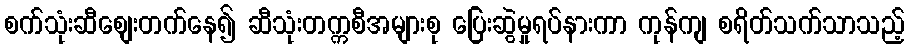
စက်သုံးဆီစျေးတက်နေ၍ ဆီသုံးတက္ကစီအများစု ပြေးဆွဲမှုရပ်နားကာ ကုန်ကျ စရိတ်သက်သာသည့်